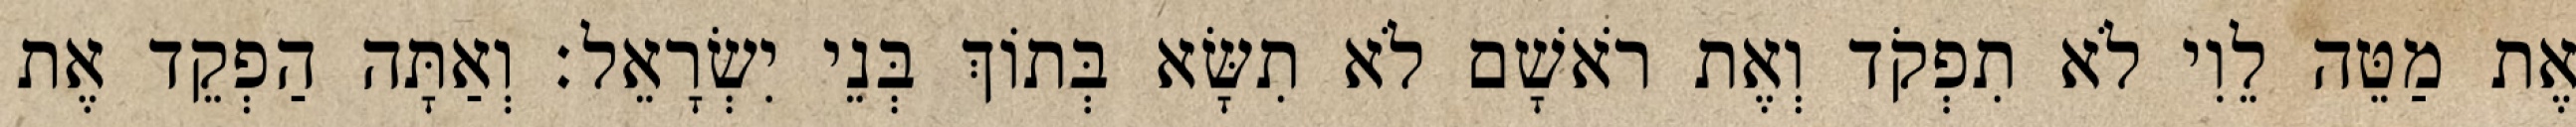
אֶת מַטֵּה לֵוִי לֹא תִפְקֹד וְאֶת רֹאשָׁם לֹא תִשָּׂא בְּתוֹךְ בְּנֵי יִשְׂרָאֵל׃ וְאַתָּה הַפְקֵד אֶת